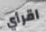
اقرأي